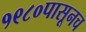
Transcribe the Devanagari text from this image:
१९८०पासूनच